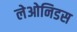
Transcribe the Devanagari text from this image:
लेओनिडस